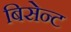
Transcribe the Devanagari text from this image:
बिसेन्ट